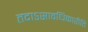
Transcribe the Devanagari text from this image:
तदाऽसावधिकारीति